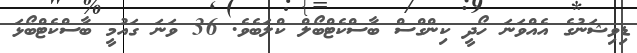
ޑިވިޝަނުގެ އެއްވަނަ ހޯދީ ކިންގްސް ބާސްކެޓްބޯލް ކްލަބެވެ. 36 ވަނަ ގައުމީ ބާސްކެޓްބޯޅަ